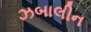
ઝબાલીન